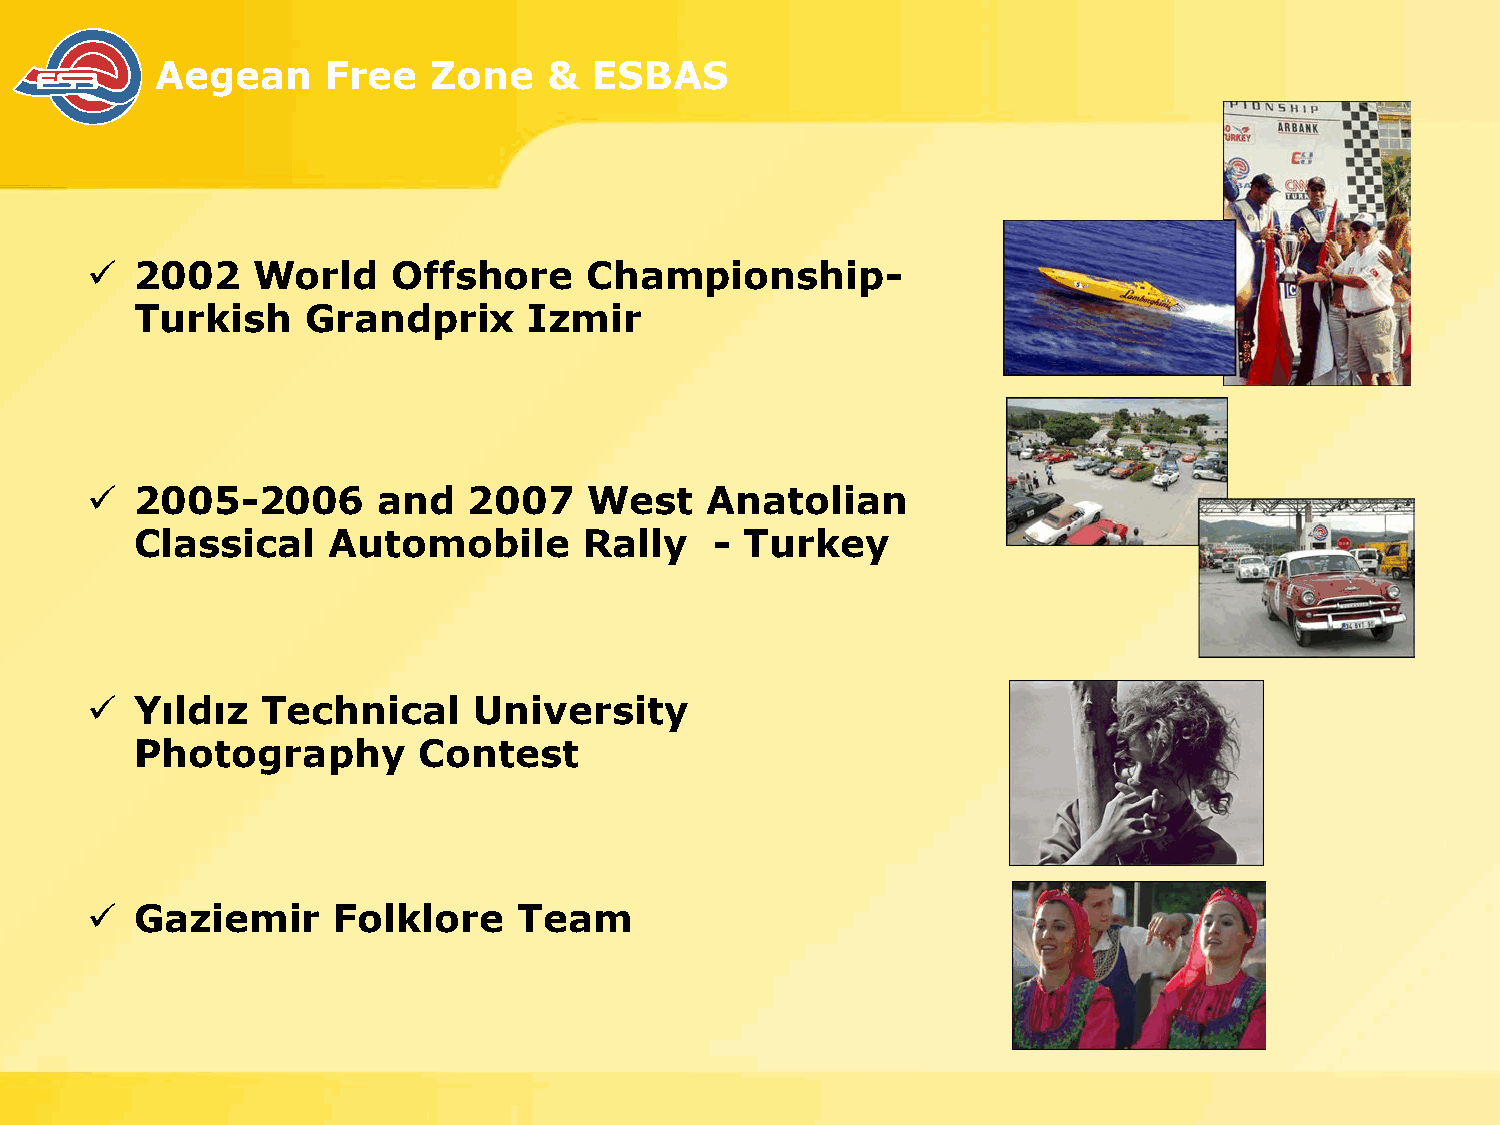
Aegean      Free   Zone   &  ESBAS
 ü  2002    World    Offshore     Championship-
 Turkish    Grandprix      Izmir
 ü  2005-2006       and   2007    West    Anatolian
 Classical    Automobile       Rally   - Turkey
 ü  Yıldız  Technical     University
 Photography        Contest
 ü  Gaziemir     Folklore    Team